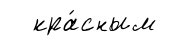
кра́сным